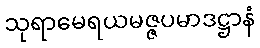
သုရာမေရယမဇ္ဇပမာဒဋ္ဌာနံ